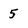
Character: 5